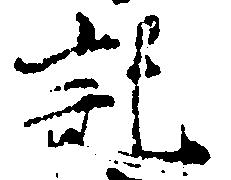
記